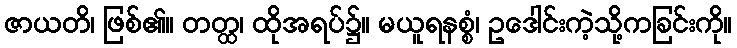
ဇာယတိ၊ ဖြစ်၏။ တတ္ထ၊ ထိုအရပ်၌။ မယူရနစ္စံ၊ ဥဒေါင်းကဲ့သို့ကခြင်းကို။